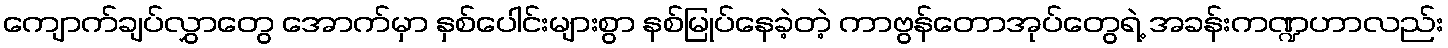
ကျောက်ချပ်လွှာတွေ အောက်မှာ နှစ်ပေါင်းများစွာ နစ်မြုပ်နေခဲ့တဲ့ ကာဗွန်တောအုပ်တွေရဲ့ အခန်းကဏ္ဍဟာလည်း